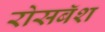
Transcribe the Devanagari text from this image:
रोसबॅश